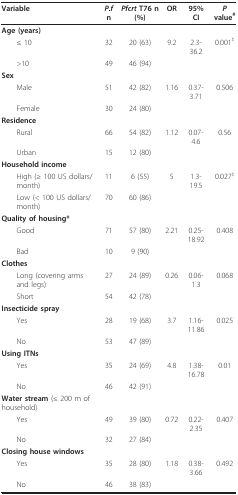
<table><thead><tr><td><b>Variable</b></td><td><b><i>P.f </i>n</b></td><td><b><i>Pfcrt </i>T76 n (%)</b></td><td><b>OR</b></td><td><b>95% CI</b></td><td><b><i>P </i>value<sup>#</sup></b></td></tr></thead><tbody><tr><td><b>Age (years)</b></td><td></td><td></td><td></td><td></td><td></td></tr><tr><td> ≤ 10</td><td>32</td><td>20 (63)</td><td>9.2</td><td>2.3-36.2</td><td>0.001<sup>‡</sup></td></tr><tr><td> &gt;10</td><td>49</td><td>46 (94)</td><td></td><td></td><td></td></tr><tr><td><b>Sex</b></td><td></td><td></td><td></td><td></td><td></td></tr><tr><td> Male</td><td>51</td><td>42 (82)</td><td>1.16</td><td>0.37-3.71</td><td>0.506</td></tr><tr><td> Female</td><td>30</td><td>24 (80)</td><td></td><td></td><td></td></tr><tr><td><b>Residence</b></td><td></td><td></td><td></td><td></td><td></td></tr><tr><td> Rural</td><td>66</td><td>54 (82)</td><td>1.12</td><td>0.07-4.6</td><td>0.56</td></tr><tr><td> Urban</td><td>15</td><td>12 (80)</td><td></td><td></td><td></td></tr><tr><td><b>Household income</b></td><td></td><td></td><td></td><td></td><td></td></tr><tr><td> High (≥ 100 US dollars/month)</td><td>11</td><td>6 (55)</td><td>5</td><td>1.3-19.5</td><td>0.027<sup>‡</sup></td></tr><tr><td> Low (&lt; 100 US dollars/month)</td><td>70</td><td>60 (86)</td><td></td><td></td><td></td></tr><tr><td><b>Quality of housing*</b></td><td></td><td></td><td></td><td></td><td></td></tr><tr><td> Good</td><td>71</td><td>57 (80)</td><td>2.21</td><td>0.25-18.92</td><td>0.408</td></tr><tr><td> Bad</td><td>10</td><td>9 (90)</td><td></td><td></td><td></td></tr><tr><td><b>Clothes</b></td><td></td><td></td><td></td><td></td><td></td></tr><tr><td> Long (covering arms and legs)</td><td>27</td><td>24 (89)</td><td>0.26</td><td>0.06-1.3</td><td>0.068</td></tr><tr><td> Short</td><td>54</td><td>42 (78)</td><td></td><td></td><td></td></tr><tr><td><b>Insecticide spray</b></td><td></td><td></td><td></td><td></td><td></td></tr><tr><td> Yes</td><td>28</td><td>19 (68)</td><td>3.7</td><td>1.16-11.86</td><td>0.025</td></tr><tr><td> No</td><td>53</td><td>47 (89)</td><td></td><td></td><td></td></tr><tr><td><b>Using ITNs</b></td><td></td><td></td><td></td><td></td><td></td></tr><tr><td> Yes</td><td>35</td><td>24 (69)</td><td>4.8</td><td>1.38-16.78</td><td>0.01</td></tr><tr><td> No</td><td>46</td><td>42 (91)</td><td></td><td></td><td></td></tr><tr><td><b>Water stream </b>(≤ 200 m of household)</td><td></td><td></td><td></td><td></td><td></td></tr><tr><td> Yes</td><td>49</td><td>39 (80)</td><td>0.72</td><td>0.22-2.35</td><td>0.407</td></tr><tr><td> No</td><td>32</td><td>27 (84)</td><td></td><td></td><td></td></tr><tr><td><b>Closing house windows</b></td><td></td><td></td><td></td><td></td><td></td></tr><tr><td> Yes</td><td>35</td><td>28 (80)</td><td>1.18</td><td>0.38-3.66</td><td>0.492</td></tr><tr><td> No</td><td>46</td><td>38 (83)</td><td></td><td></td><td></td></tr></tbody></table>